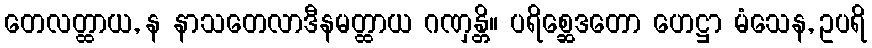
တေလတ္ထာယ, န နာသတေလာဒီနမတ္ထာယ ဂဏှန္တိ။ ပရိစ္ဆေဒတော ဟေဋ္ဌာ မံသေန, ဥပရိ